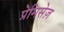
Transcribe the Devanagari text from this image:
प्रेमिसेज़